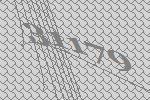
31179